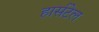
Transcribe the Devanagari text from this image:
हार्सटेल